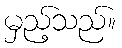
မှည့်သည်။